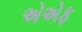
એએફ